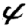
Digit: 4